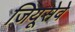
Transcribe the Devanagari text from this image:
जियूसेवे